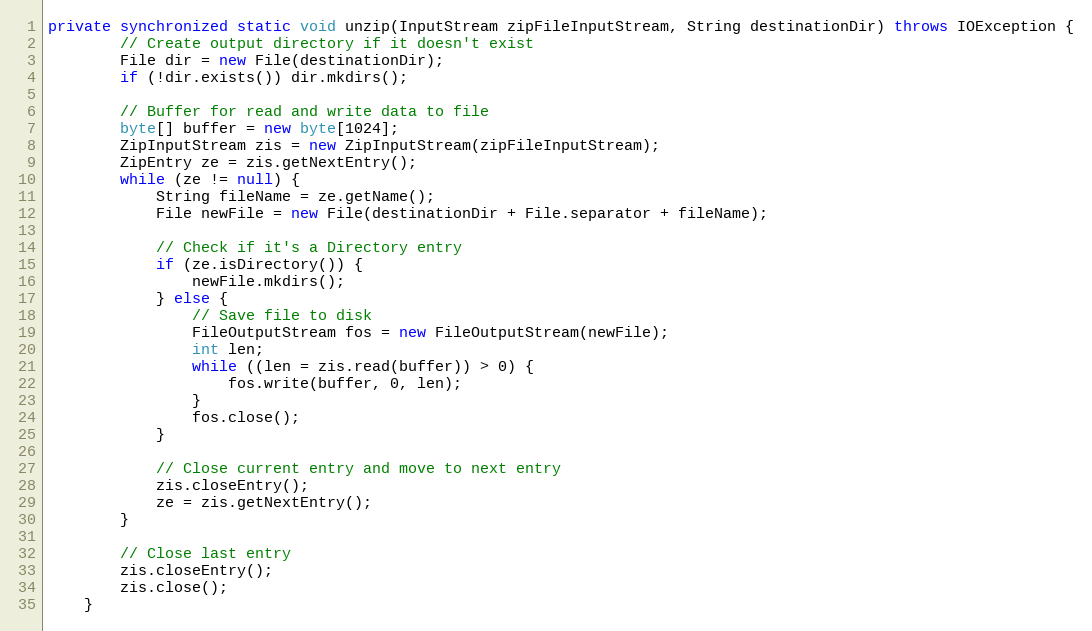
Language: Java
private synchronized static void unzip(InputStream zipFileInputStream, String destinationDir) throws IOException {
        // Create output directory if it doesn't exist
        File dir = new File(destinationDir);
        if (!dir.exists()) dir.mkdirs();

        // Buffer for read and write data to file
        byte[] buffer = new byte[1024];
        ZipInputStream zis = new ZipInputStream(zipFileInputStream);
        ZipEntry ze = zis.getNextEntry();
        while (ze != null) {
            String fileName = ze.getName();
            File newFile = new File(destinationDir + File.separator + fileName);

            // Check if it's a Directory entry
            if (ze.isDirectory()) {
                newFile.mkdirs();
            } else {
                // Save file to disk
                FileOutputStream fos = new FileOutputStream(newFile);
                int len;
                while ((len = zis.read(buffer)) > 0) {
                    fos.write(buffer, 0, len);
                }
                fos.close();
            }

            // Close current entry and move to next entry
            zis.closeEntry();
            ze = zis.getNextEntry();
        }

        // Close last entry
        zis.closeEntry();
        zis.close();
    }